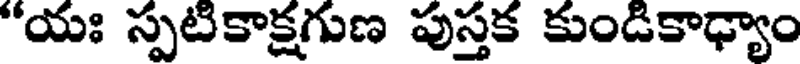
"యః స్పటికాక్షగుణ పుస్తక కుండికాఢ్యాం